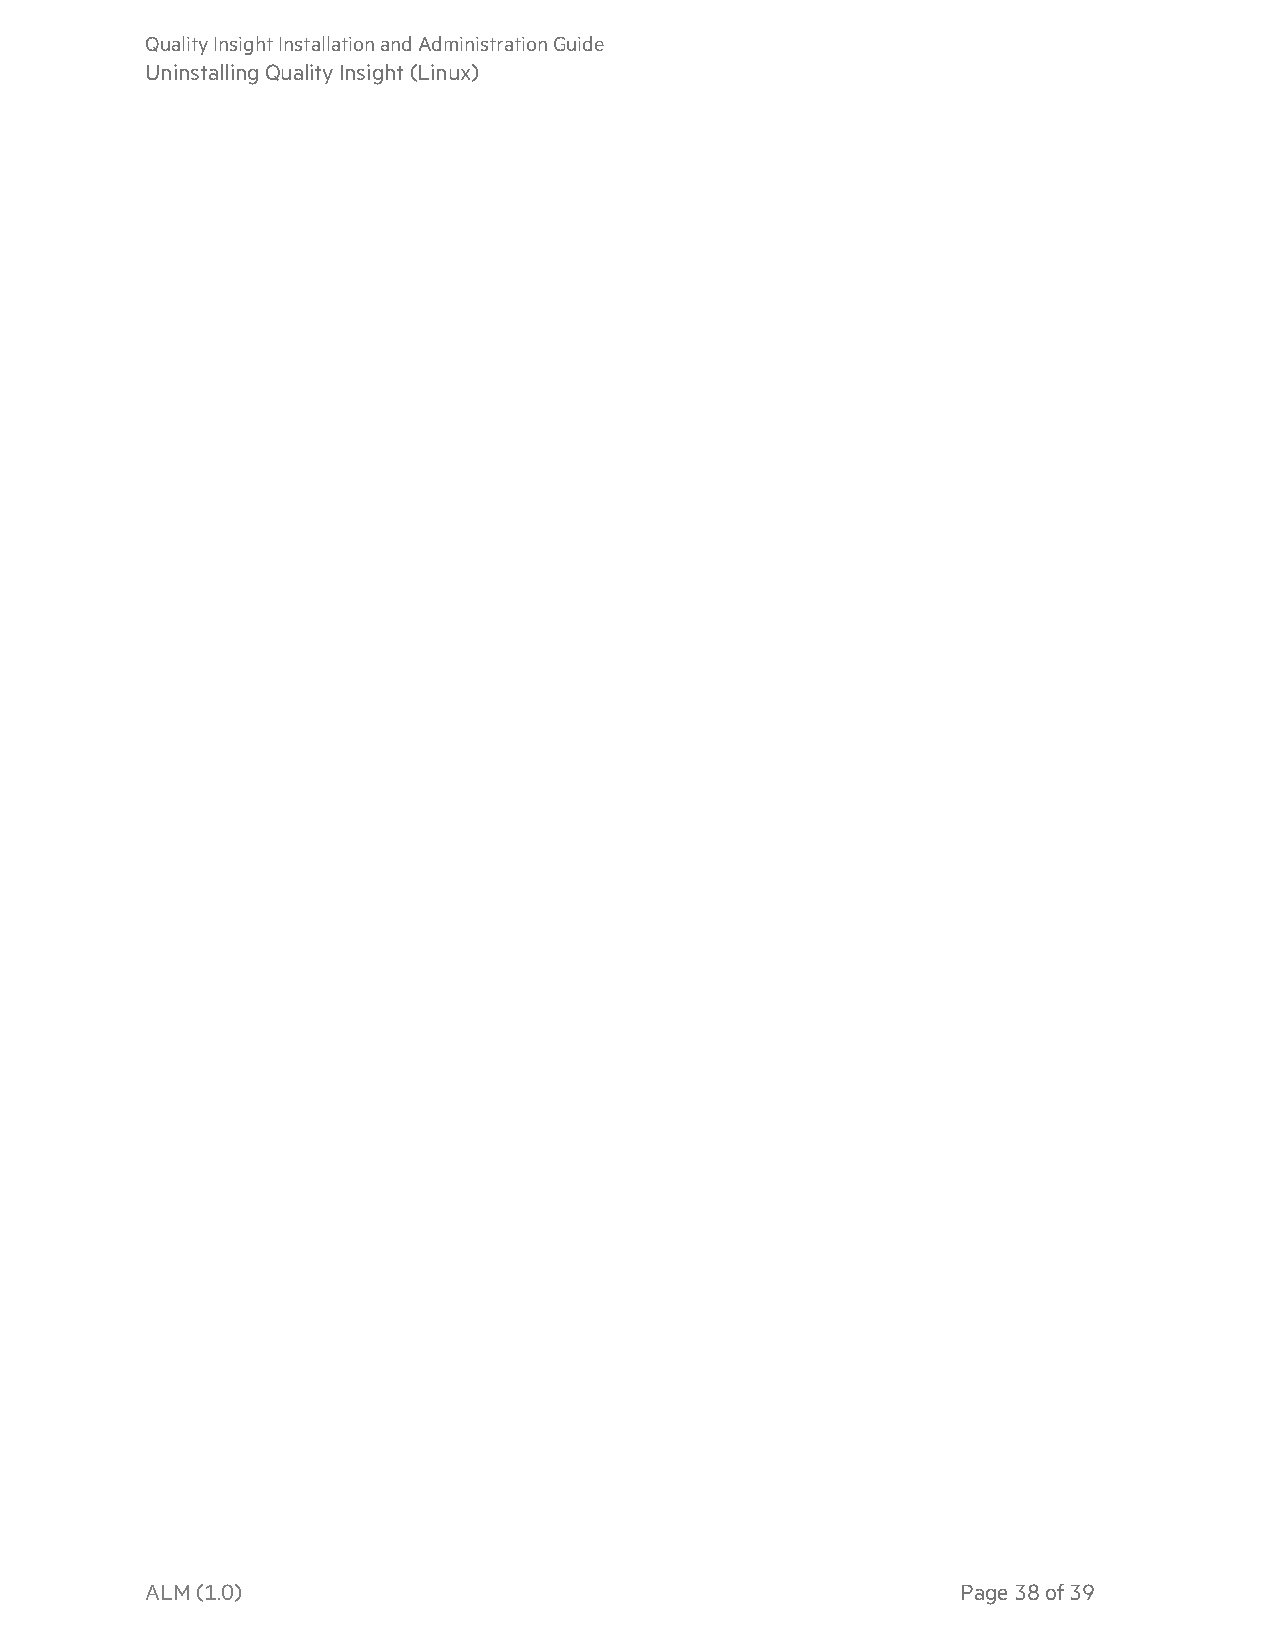
QualityInsightInstallationandAdministrationGuide
 UninstallingQualityInsight(Linux)
 ALM(1.0)                                              Page38of39